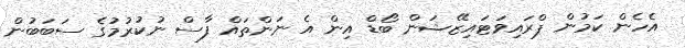
އެހެން ކަމުން ޕްރައިވަޓައިޒޭޝަން ބޯޑް އިން އެ ނަންތައް ފާސް ނުކުރުމުގެ ސަބަބުން